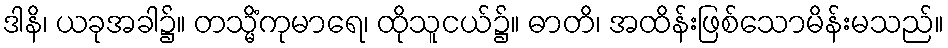
ဒါနိ၊ ယခုအခါ၌။ တသ္မိံကုမာရေ၊ ထိုသူငယ်၌။ ဓာတိ၊ အထိန်းဖြစ်သောမိန်းမသည်။